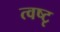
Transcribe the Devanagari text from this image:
त्वष्टृ